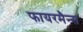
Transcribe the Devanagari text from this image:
फायरमैन्स